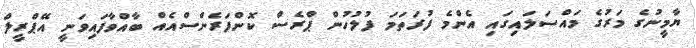
ޔާމީނުގެ މަރުގެ މައްސަލައިގައި އެންމެ ފުރަތަމަ ފުލުހުން ޕްރެސް ކޮންފަރެންސްއެއް ބާއްވާފައިވަނީ އޭޕްރީލް